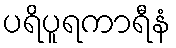
ပရိပူရကာရီနံ